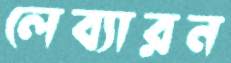
লেব্যারন